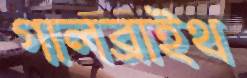
গালব্রাইথ